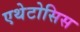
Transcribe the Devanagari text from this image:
एथेटोसिस